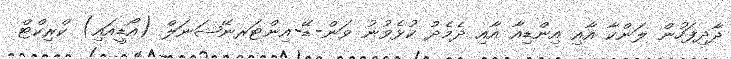
ދާދިފަހުން ލަންކާ އާއި އިންޑިއާ އާއި ދެމެދު ކުޅެވުނު ވަން-ޑޭ-އިންޓަރނޭޝަނަލް (އޯޑީއައި) ކްރިކްޓް